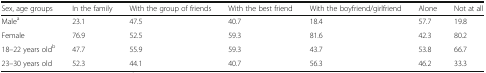
<table><thead><tr><td><b>Sex, age groups</b></td><td><b>In the family</b></td><td><b>With the group of friends</b></td><td><b>With the best friend</b></td><td><b>With the boyfriend/girlfriend</b></td><td><b>Alone</b></td><td><b>Not at all</b></td></tr></thead><tbody><tr><td>Male<sup>a</sup></td><td>23.1</td><td>47.5</td><td>40.7</td><td>18.4</td><td>57.7</td><td>19.8</td></tr><tr><td>Female</td><td>76.9</td><td>52.5</td><td>59.3</td><td>81.6</td><td>42.3</td><td>80.2</td></tr><tr><td>18–22 years old<sup>b</sup></td><td>47.7</td><td>55.9</td><td>59.3</td><td>43.7</td><td>53.8</td><td>66.7</td></tr><tr><td>23–30 years old</td><td>52.3</td><td>44.1</td><td>40.7</td><td>56.3</td><td>46.2</td><td>33.3</td></tr></tbody></table>